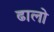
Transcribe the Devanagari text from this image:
ढालो